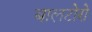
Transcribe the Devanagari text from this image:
बालटोरो